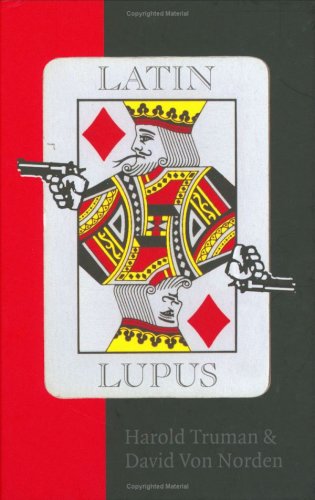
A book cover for Latin Lupus; David Von Norden; Health, Fitness & Dieting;